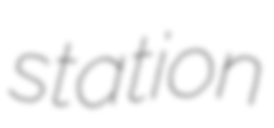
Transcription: station